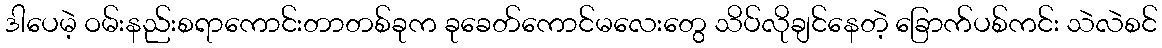
ဒါပေမဲ့ ဝမ်းနည်းစရာကောင်းတာတစ်ခုက ခုခေတ်ကောင်မလေးတွေ သိပ်လိုချင်နေတဲ့ ခြောက်ပစ်ကင်း သဲလဲစင်